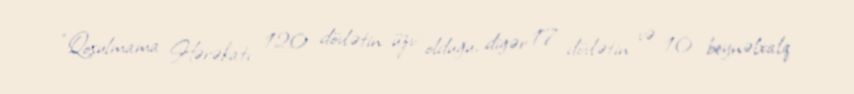
“Qoşulmama Hərəkatı 120 dövlətin üzv olduğu, digər 17 dövlətin və 10 beynəlxalq